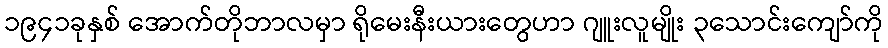
၁၉၄၁ခုနှစ် အောက်တိုဘာလမှာ ရိုမေးနီးယားတွေဟာ ဂျူးလူမျိုး ၃သောင်းကျော်ကို